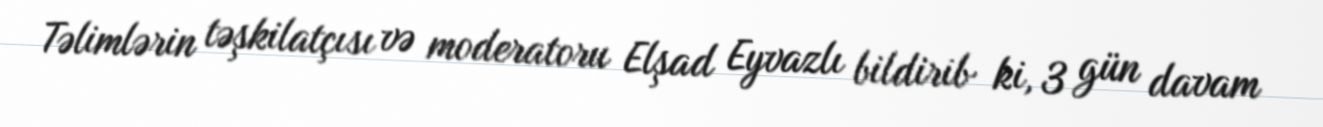
Təlimlərin təşkilatçısı və moderatoru Elşad Eyvazlı bildirib ki, 3 gün davam